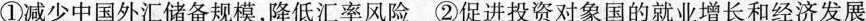
①减少中国外汇储备规模，降低汇率风险②促进投资对象国的就业增长和经济发展